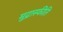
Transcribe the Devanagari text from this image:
मुद्रास्‍फीति